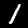
Label: 1